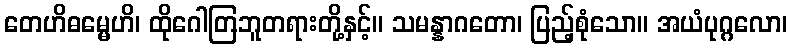
တေဟိဓမ္မေဟိ၊ ထိုဂေါတြဘူတရားတို့နှင့်။ သမန္နာဂတော၊ ပြည့်စုံသော။ အယံပုဂ္ဂလော၊